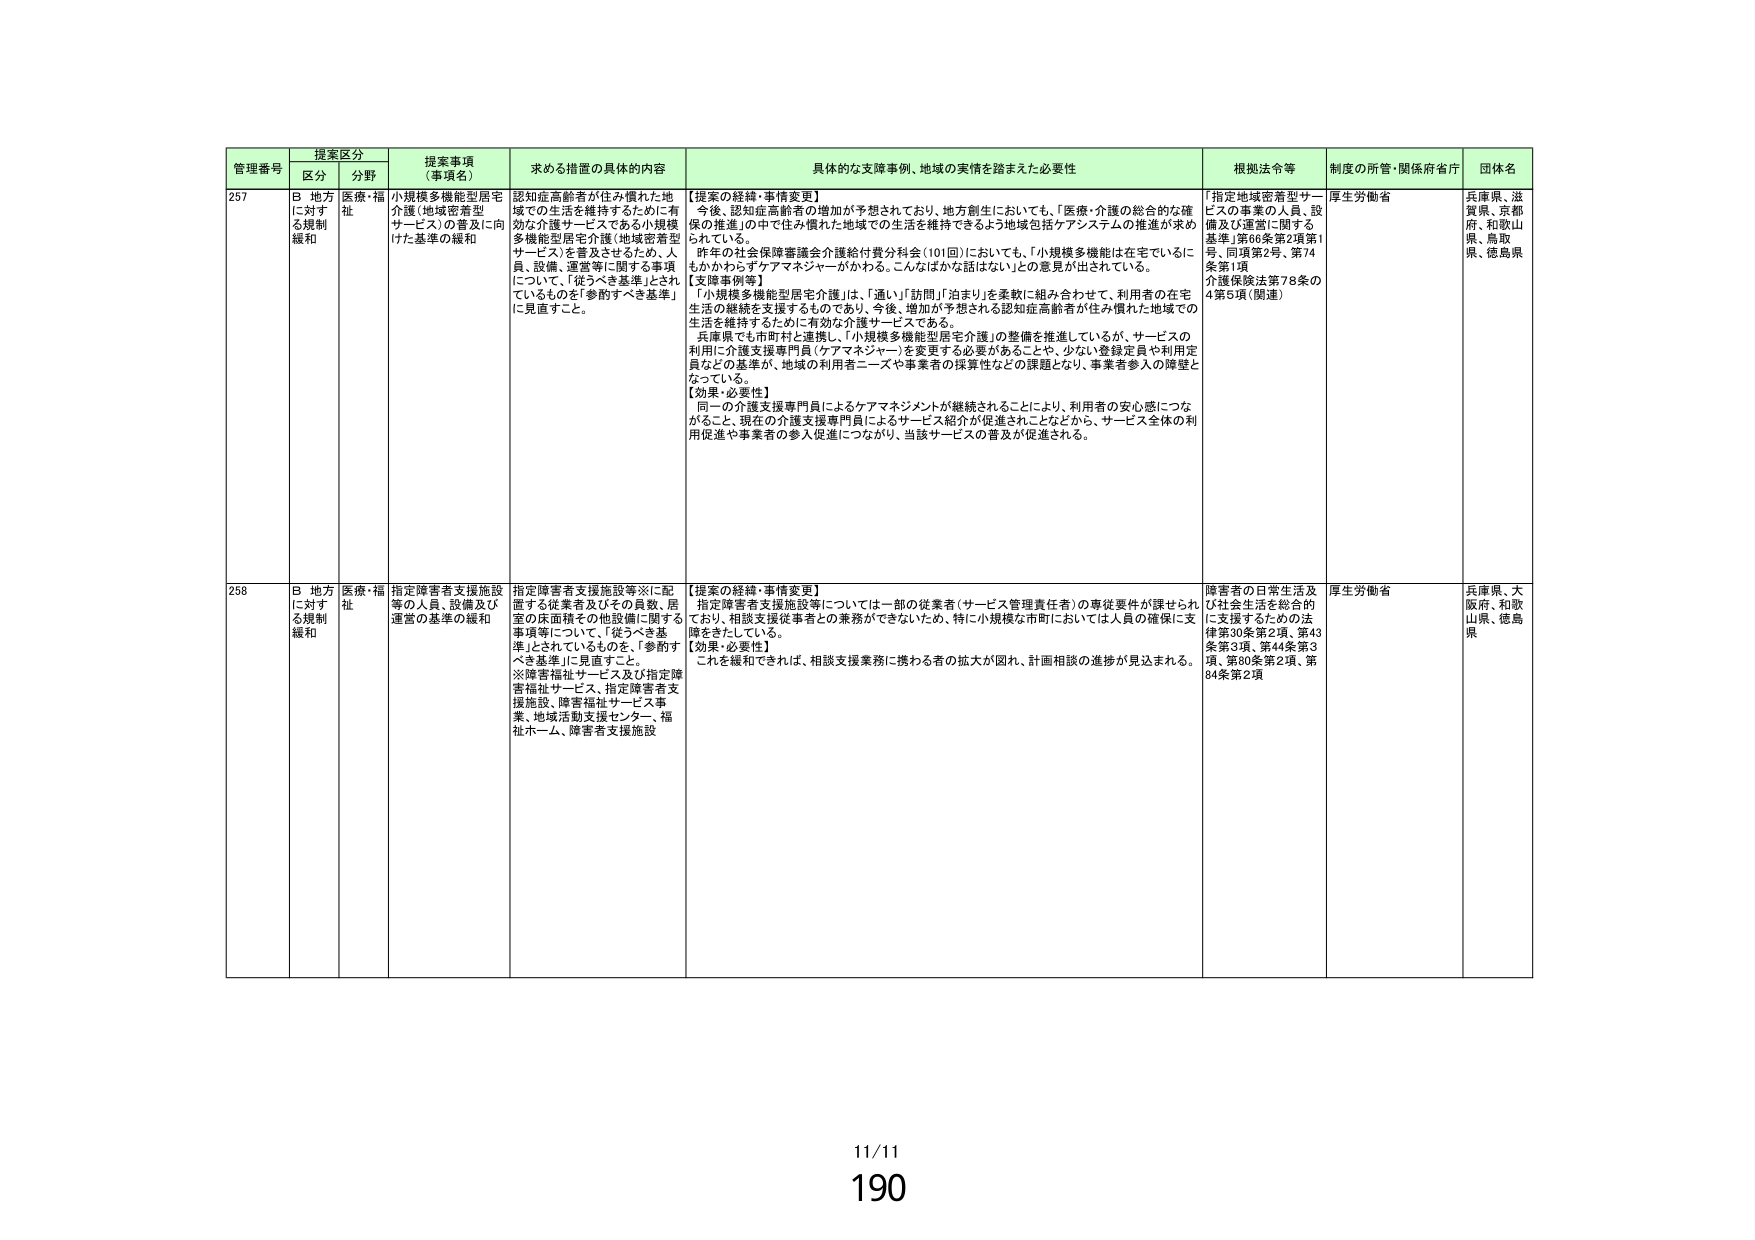
管理番号 提案区分 提案事項（事項名） 求める措置の具体的内容 具体的な支援事例、地域の実情を踏まえた必要性 根拠法令等 制度の所管・関係府省庁 団体名
区分 分野
257 B 地方に対する規制緩和 医療・福祉 小規模多機能型居宅介護（地域密着型サービス）の普及に向けた基準の緩和 認知症高齢者が住み慣れた地域での生活を維持するために有効な介護サービスである小規模多機能型居宅介護（地域密着型サービス）を普及させるため、人員、設備、運営等に関する事項について、「従うべき基準」とされているものを「参酌すべき基準」に見直すこと。 【提案の経緯・事情変更】 今後、認知症高齢者の増加が予想されており、地方創生においても、「医療・介護の総合的な確保の推進」の中で住み慣れた地域での生活を維持できるよう地域包括ケアシステムの推進が求められている。 昨年の社会保障審議会介護給付費分科会（101回）においても、「小規模多機能は在宅でいるにもかかわらずケアマネジャーがかかる。こんばかかな話はない」との意見が出されている。 【支援事例等】 「小規模多機能型居宅介護」は、「通い」「訪問」「泊まり」を柔軟に組み合わせて、利用者の在宅生活の継続を支援するものであり、今後、増加が予想される認知症高齢者が住み慣れた地域での生活を維持するために有効な介護サービスである。 兵庫県でも市町村と連携し、「小規模多機能型居宅介護」の整備を推進しているが、サービスの利用に介護支援専門員（ケアマネジャー）を変更する必要があることや、少ない登録定員や利用定員などの基準が、地域の利用者ニーズや事業者の採算性などの課題となり、事業者参入の障壁となっている。 【効果・必要性】 同一の介護支援専門員によるケアマネジメントが継続されることにより、利用者の安心感につながること、現在の介護支援専門員によるサービス紹介が促進されことなどから、サービス全体の利用促進や事業者の参入促進につながり、当該サービスの普及が促進される。 「指定地域密着型サービスの事業の人員、設備及び運営に関する基準」第66条第2項第1号、同項第2号、第74条第1項 介護保険法第78条の4第5項（関連） 厚生労働省 兵庫県、滋賀県、京都府、和歌山県、鳥取県、徳島県
258 B 地方に対する規制緩和 医療・福祉 指定障害者支援施設等の人員、設備及び運営の基準の緩和 指定障害者支援施設等※に配置する従業者及びその員数、居室の床面積その他設備に関する事項等について、「従うべき基準」とされているものを、「参酌すべき基準」に見直すこと。 ※障害福祉サービス及び指定障害福祉サービス、指定障害者支援施設、障害福祉サービス事業、地域活動支援センター、福祉ホーム、障害者支援施設 【提案の経緯・事情変更】 指定障害者支援施設等については一部の従業者（サービス管理責任者）の専従要件が課せられており、相談支援従事者との兼務ができないため、特に小規模な市町においては人員の確保に支障をきたしている。 【効果・必要性】 これを緩和できれば、相談支援業務に携わる者の拡大が図れ、計画相談の進捗が見込まれる。 障害者の日常生活及び社会生活を総合的に支援するための法律第30条第2項、第43条第3項、第44条第3項、第80条第2項、第84条第2項 厚生労働省 兵庫県、大阪府、和歌山県、徳島県
11/11
190